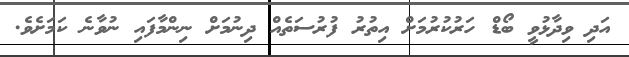
އަދި ވިދާޅުވީ ބޯޑް ހަރުކުރުމަށް އިތުރު ފުރުސަތެއް ދިނުމަށް ނިންމާފައި ނުވާނެ ކަމަށެވެ.